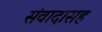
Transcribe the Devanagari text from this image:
संवादासह